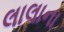
લાલાના